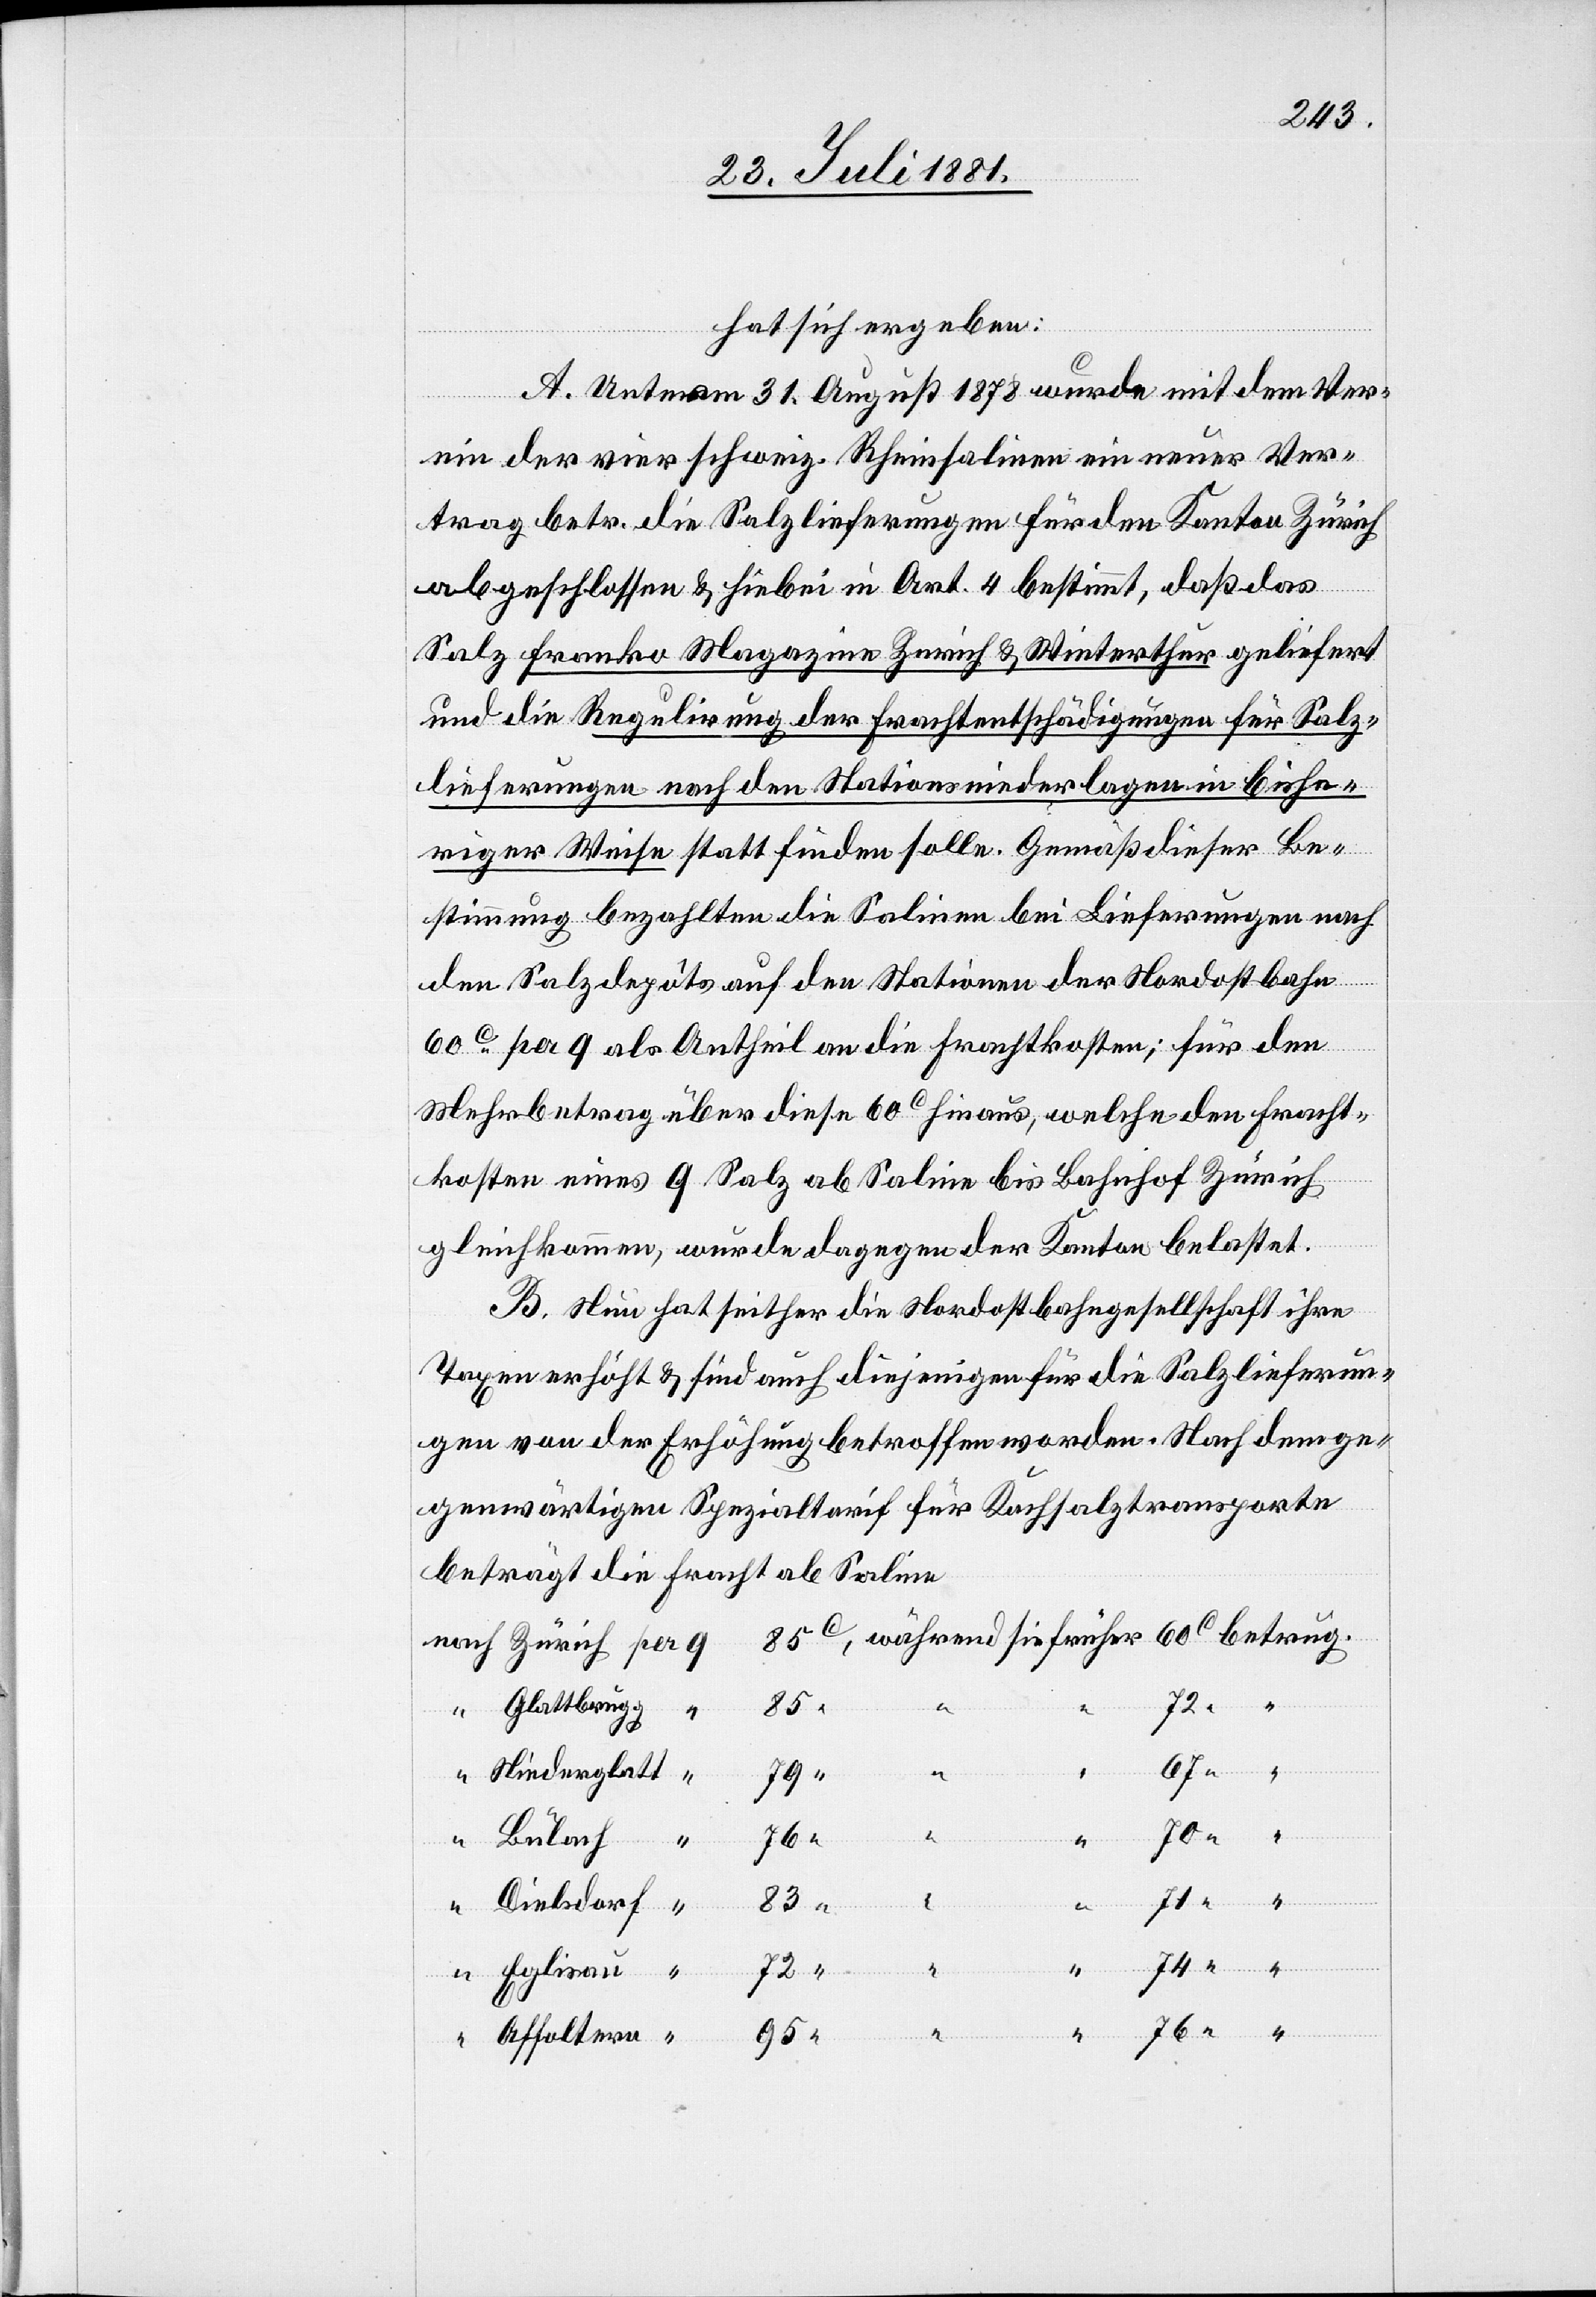
hat sich ergeben:
A. Unterm 31. August 1878 wurde mit dem Ver¬
ein der vier schweiz. Rheinsalinen ein neuer Ver¬
trag betr. die Salzlieferungen für den Kanton Zürich
abgeschlossen & hiebei in Art. 4 bestimmt, daß das
Salz franko Magazine Zürich & Winterthur geliefert
und die Regulierung der Frachtentschädigungen für Salz¬
lieferungen nach den Stationsniederlagen in bishe¬
riger Weise statt finden solle. Gemäß dieser Be¬
stimmung bezahlten die Salinen bei Lieferungen nach
den Salzdepôts auf den Stationen der Nordostbahn
60c per q als Antheil an die Frachtkosten; für den
Mehrbetrag über diese 60c hinaus, welche den Fracht¬
kosten eines q Salz ab Saline bis Bahnhof Zürich
gleichkommen, würde dagegen der Kanton belastet.
B. Nun hat seither die Nordostbahngesellschaft ihre
Taxen erhöht & sind auch diejenigen für die Salzlieferun¬
gen von der Erhöhung betroffen worden. Nach dem ge¬
genwärtigen Spezialtarif für Kochsalztransporte
beträgt die Fracht ab Saline
Niederglatt
Dielsdorf
Bülach
Eglisau
Affoltern